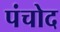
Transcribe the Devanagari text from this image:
पंचोद